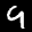
Label: 9